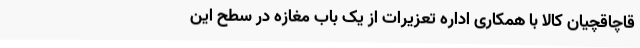
قاچاقچیان کالا با همکاری اداره تعزیرات از یک باب مغازه در سطح این